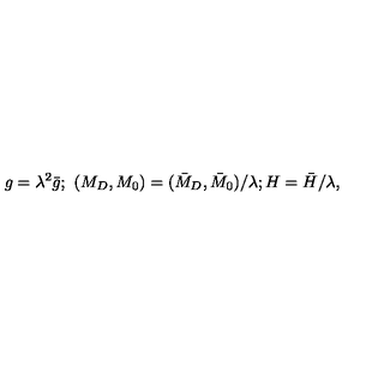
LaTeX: g = \lambda ^ { 2 } \bar { g } ; \ ( M _ { D } , M _ { 0 } ) = ( \bar { M } _ { D } , \bar { M } _ { 0 } ) / \lambda ; H = \bar { H } / \lambda ,